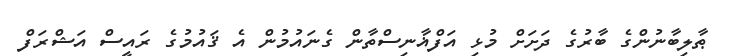
ޠާލިބާނުންގެ ބާރުގެ ދަށަށް މުޅި އަފްޣާނިސްތާން ގެނައުމުން އެ ޤައުމުގެ ރައީސް އަޝްރަފް